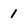
Character: 1